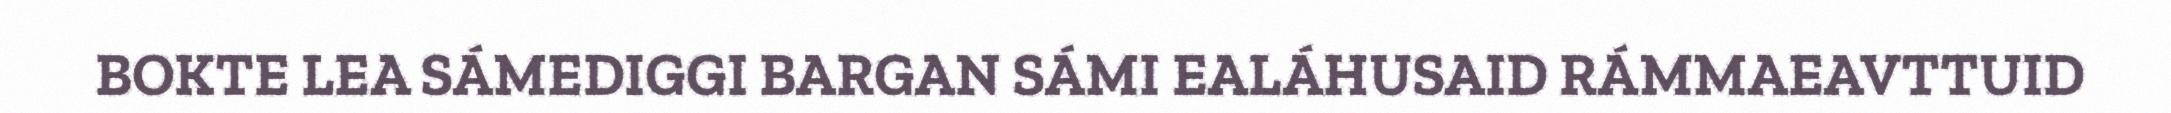
BOKTE LEA SÁMEDIGGI BARGAN SÁMI EALÁHUSAID RÁMMAEAVTTUID